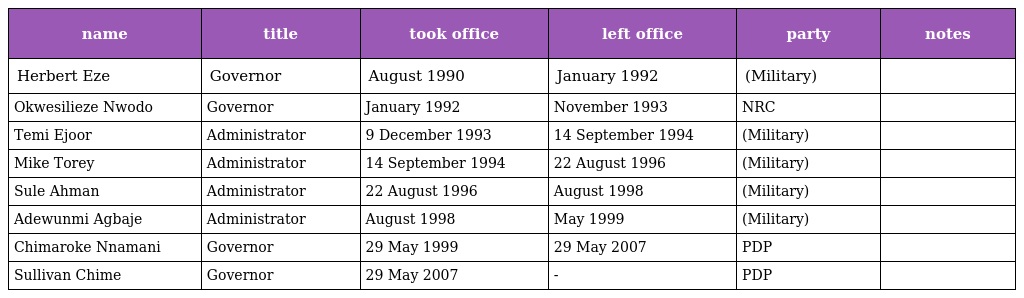
| name | title | took office | left office | party | notes |
 | --- | --- | --- | --- | --- | --- |
 | Herbert Eze | Governor | August 1990 | January 1992 | (Military) |  |
 | Okwesilieze Nwodo | Governor | January 1992 | November 1993 | NRC |  |
 | Temi Ejoor | Administrator | 9 December 1993 | 14 September 1994 | (Military) |  |
 | Mike Torey | Administrator | 14 September 1994 | 22 August 1996 | (Military) |  |
 | Sule Ahman | Administrator | 22 August 1996 | August 1998 | (Military) |  |
 | Adewunmi Agbaje | Administrator | August 1998 | May 1999 | (Military) |  |
 | Chimaroke Nnamani | Governor | 29 May 1999 | 29 May 2007 | PDP |  |
 | Sullivan Chime | Governor | 29 May 2007 | - | PDP |  |